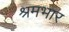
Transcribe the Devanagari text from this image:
श्रमभार